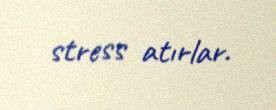
stress atırlar.